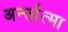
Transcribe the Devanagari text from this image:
अर्न्तात्मा